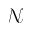
\mathcal { N }